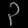
Digit: ၃